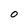
Character: 0